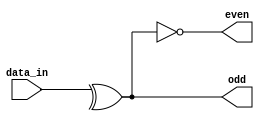
module parity_check #(
	parameter width = 6
)(
	input [width-1:0] data_in,
	output even, odd
);

assign odd = ^data_in;
assign even = ~odd;

endmodule